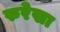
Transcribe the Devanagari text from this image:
रुरेखा